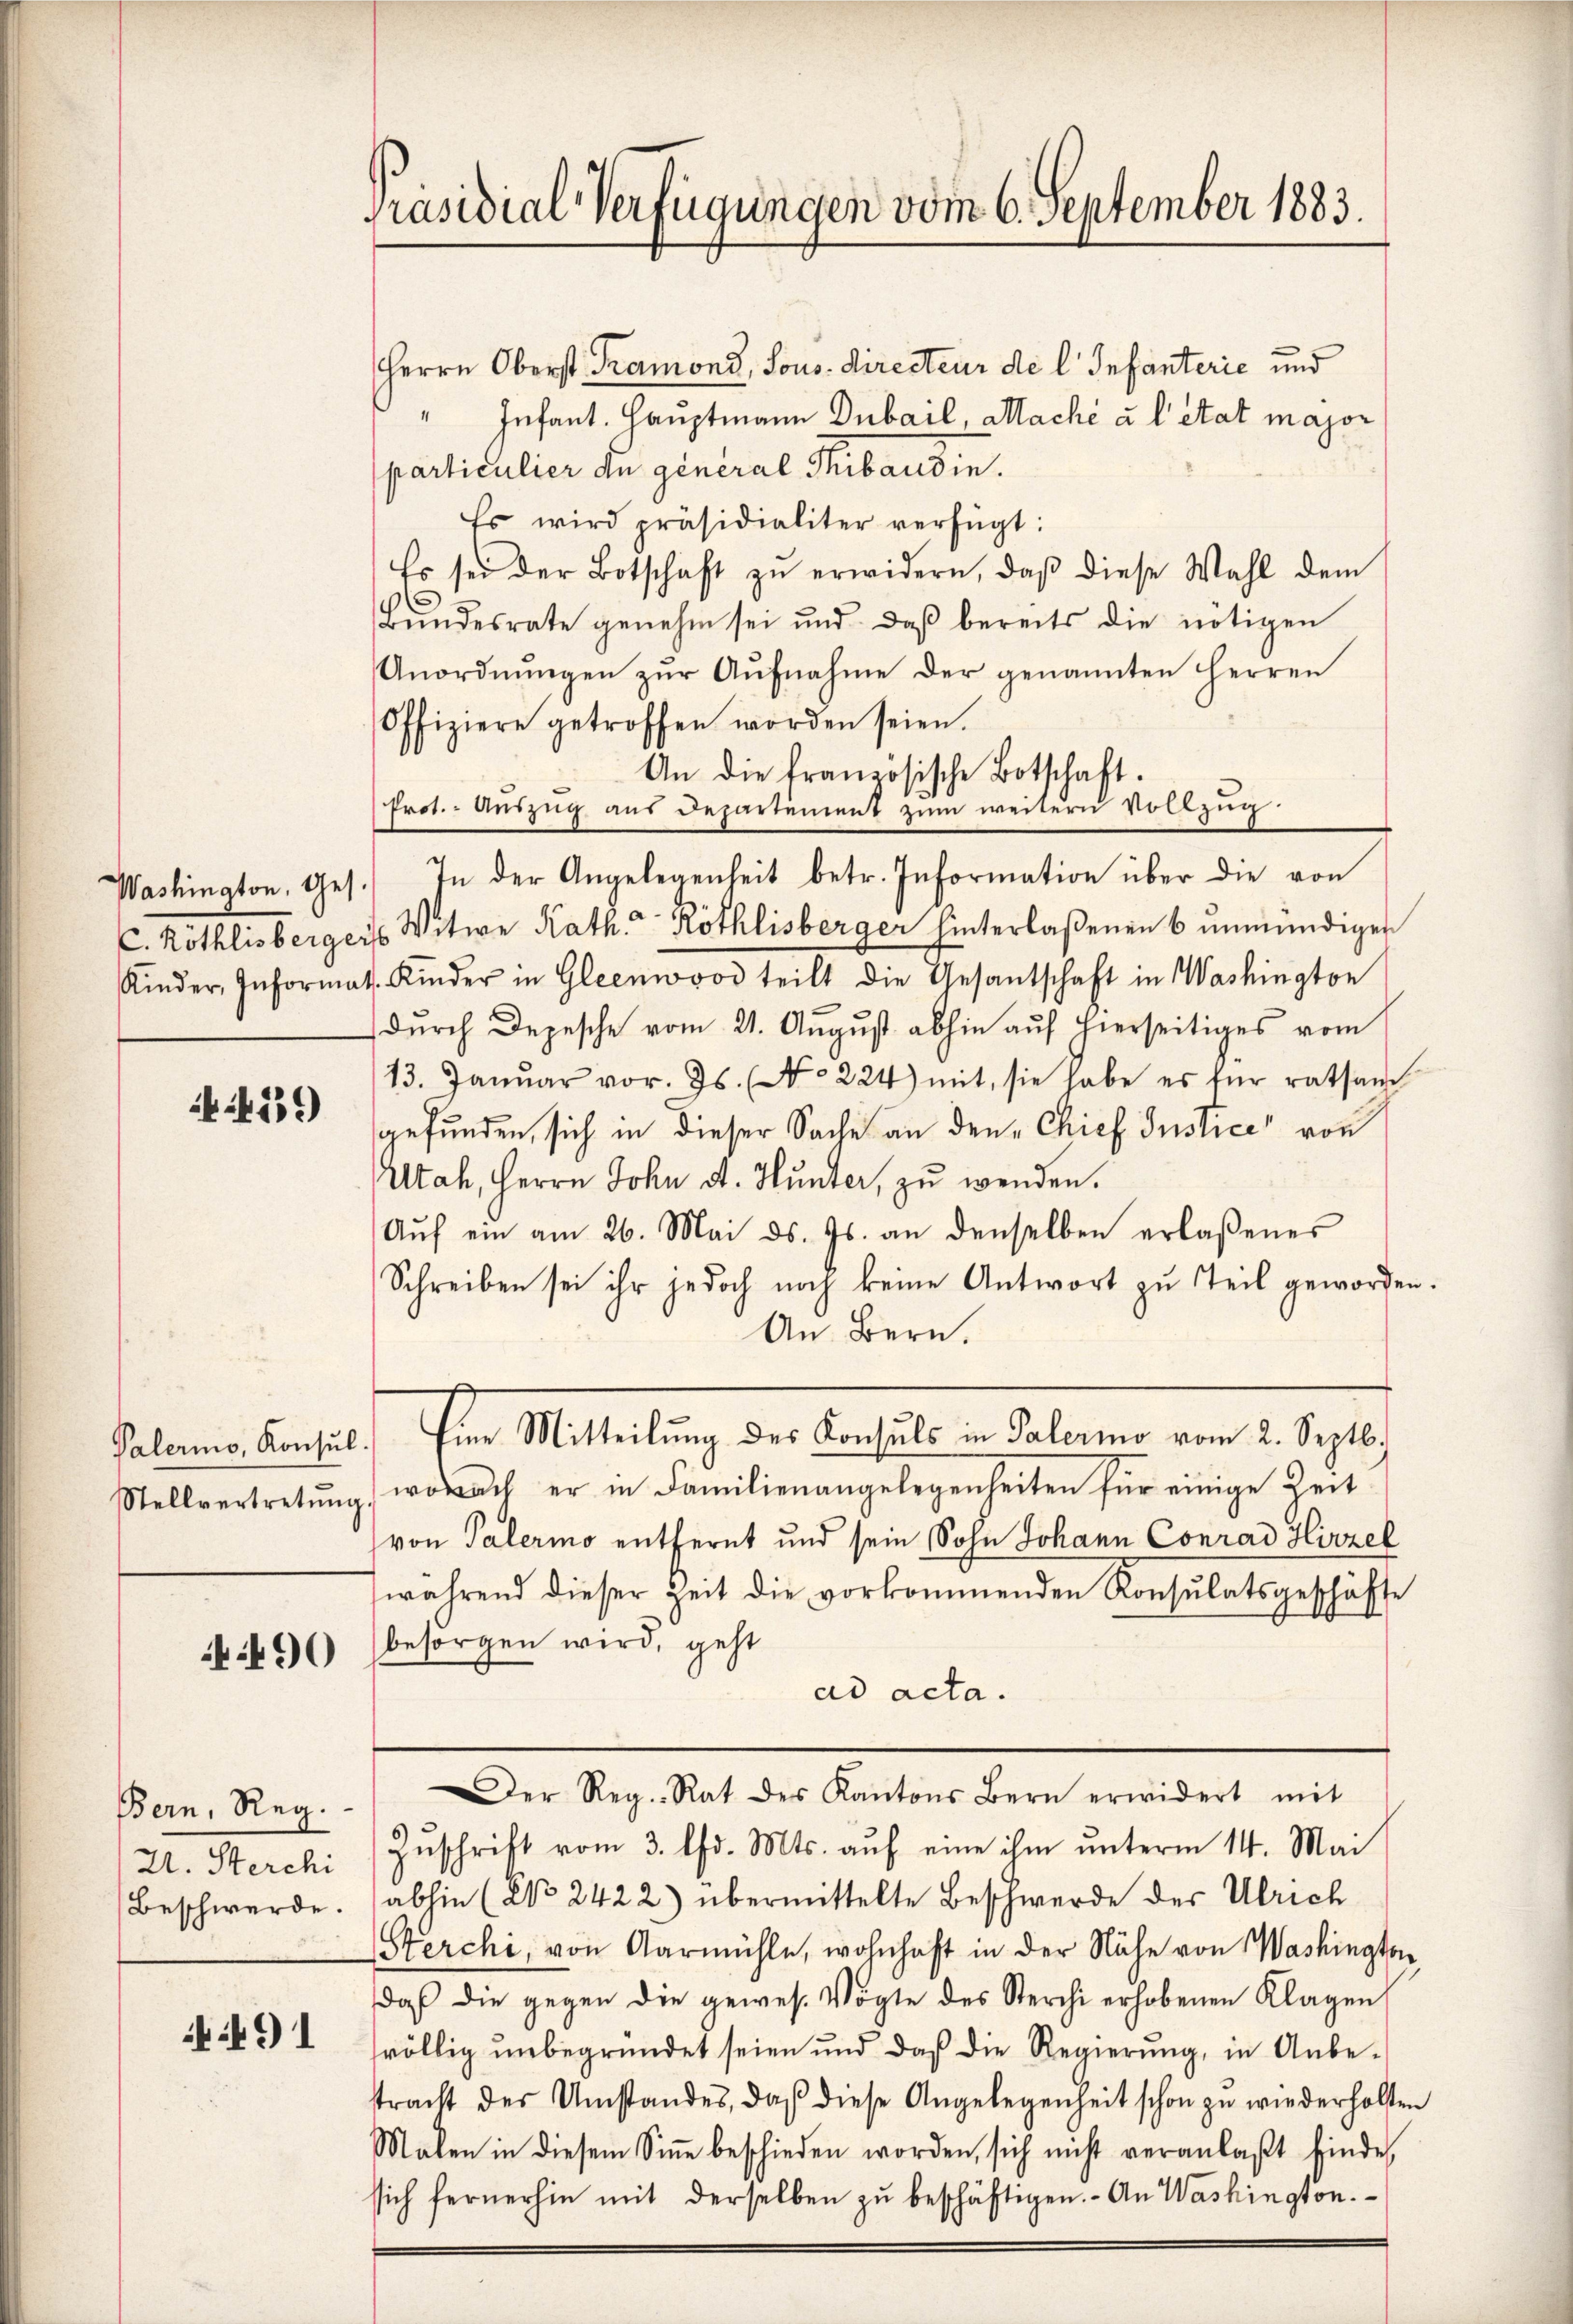
Washington, Ges.
C. Röthlisberger
Kinder, Informi

459

Palermo, Konsul.
Stellvertretŭng.

490

Bern, Reg.-
U. Sterchi
Beschwerde.

491

Präsidial-Verfügungen vom 6. September 1883.

Herrn Oberst Tramond, Sous. Directeur de l. Infanterie und
" Infant. Hauptmann Dubail, Maché à l’état major
particulier du general Thibaudin.
Es wird präsidialiter verfügt:
Es sei der Botschaft zŭ erwidern, daß diese Wahl dem
(
Bŭndesrate genehm sei und daß bereits die nötigen
Anordnŭngen zŭr Aŭfnahme der genannten Herren
Offiziere getroffen worden seien.
An die französische Botschaft.
Prot. Auszug aus Departement zum weitern Vollzug.
) In der Angelegenheit betr. Information über die von
es Witwe Kath. Röthlisberger hinterlaßenen 6 unmündigen
4. Kinder in Gleen teilt die Gesantschaft in Washington
durch Depesche vom 21. August abhin auf hierseitiges vom
13. Janŭar vor. Js. No 224) mit, sie habe es für ratsan
gefunden, sich in dieser Sache an den Chief Justice von
Utah, Herrn John d. Hunter, zu wenden.
Aŭf ein am 26. Mai d. Js. an denselben erlaßenes
Schreiben sei ihr jedoch noch keine Antwort zu Teil geworden.
An Bern.
Ihre Mitleitung der enthalten Lebenen am 1. 1910.
woch er in Familienangelegenheiten für einige Zeit
von Palermo entfernt und sein Sohn Johann Conrad Hirzel
während dieser Zeit die vorkommenden Konsulatsgeschäfte
besorgen wird, geht
ad acta.
Der Reg. Rat des Kantons Bern erwidert mit
Zuschrift vom 3. d. Mts. auf eine ihm unterm 14. Mai
abhin (No 2422) übermittelte Beschwerde der Ulrich
Storchi, von Aarmühle, wohnhaft in der Nähe von Washington
daß die gegen die gewes. Vögte des Sterchi erhobenen Klagen
völlig unbegründet seien und daß die Regierŭng, in Anbe-
tracht der Umstandes, daβ diese Angelegenheit schon zu wiederholfen
Malen in diesem Sinne beschieden worden, sich nicht veranlaßt finde,
sich fernerhin mit derselben zŭ beschäftigen. - An Washington.